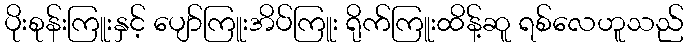
ပိုးစုန်းကြူးနှင့် ပျော်ကြူးအိပ်ကြူး ရိုက်ကြူးထိန့်ဆူ ရစ်လေဟူသည်